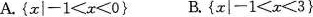
A. $${ x | - 1 < x < 0 }$$ B. $${ x |- 1 < x < 3 }$$